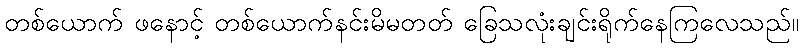
တစ်ယောက် ဖနောင့် တစ်ယောက်နင်းမိမတတ် ခြေသလုံးချင်းရိုက်နေကြလေသည်။